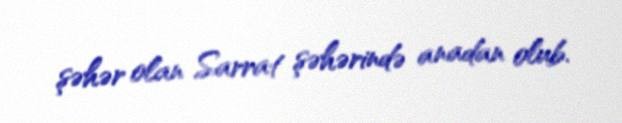
şəhər olan Sarrat şəhərində anadan olub.